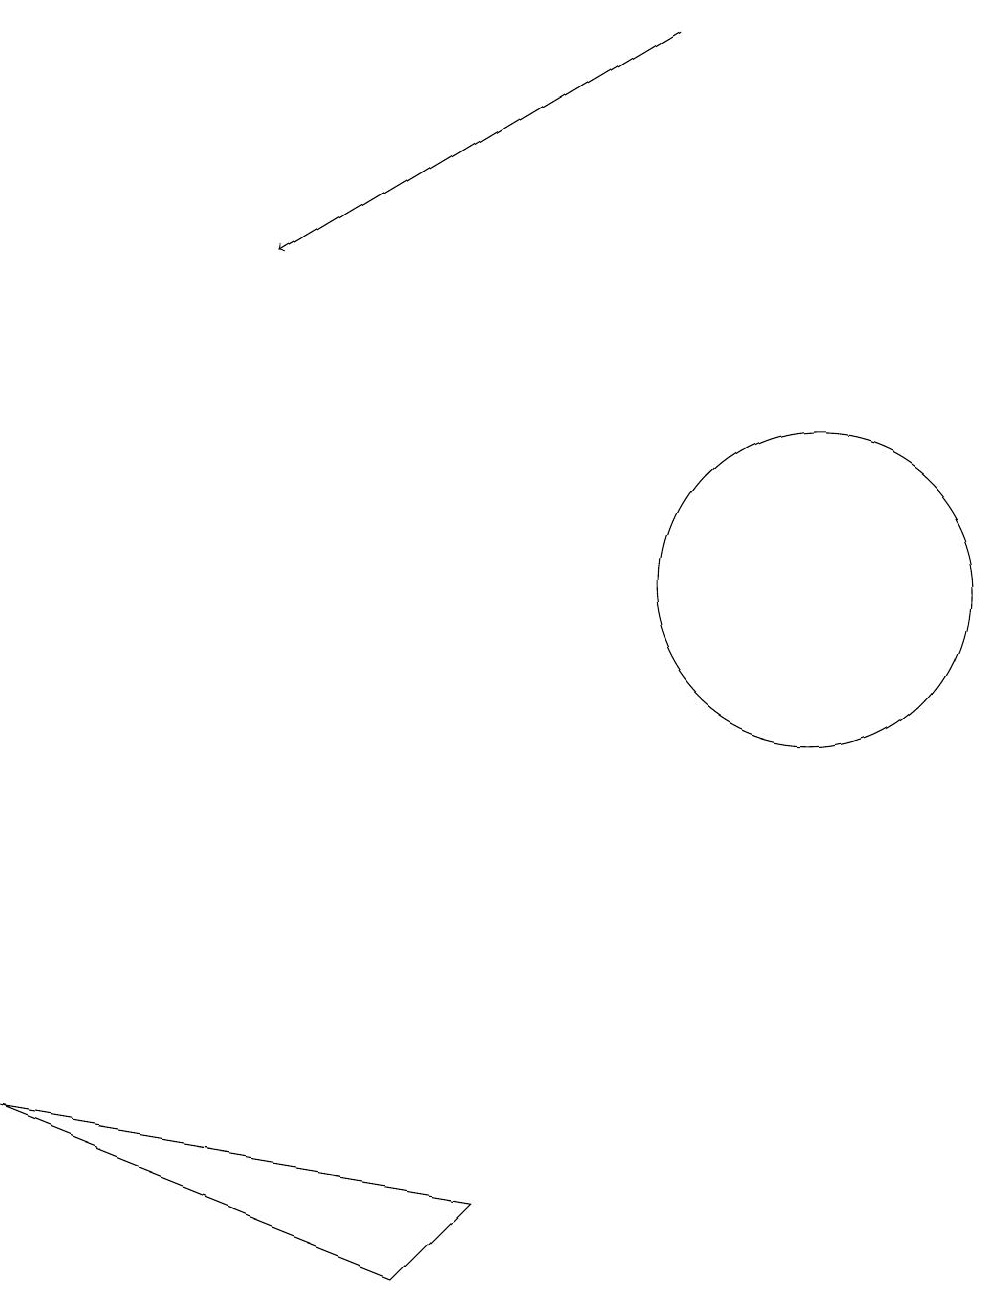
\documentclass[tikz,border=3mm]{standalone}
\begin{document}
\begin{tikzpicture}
\draw (6,3) -- (5,2) -- (0,4) -- cycle;
\draw (10,11) circle (2);
\draw[->] (8,18) -- (3,15);
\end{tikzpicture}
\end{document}